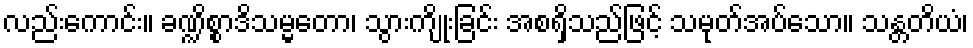
လည်းကောင်း။ ခဏ္ဍိစ္စာဒိသမ္မတော၊ သွားကျိုးခြင်း အစရှိသည်ဖြင့် သမုတ်အပ်သော။ သန္တတိယံ၊